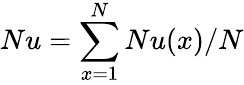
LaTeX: Nu=\sum_{x=1}^{N}Nu(x)/N